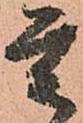
重